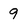
Character: 9